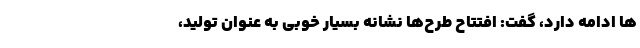
ها ادامه دارد، گفت: افتتاح طرح‌ها نشانه بسیار خوبی به عنوان تولید،